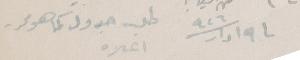
١٩ ادار / ٩٢٦ طلب جدول كما هو محرر اعلاه